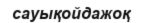
сауықойдажоқ